Code of medical and sanitary regulations for the guidance of medical officers serving in the Madras Presidency - Volume II
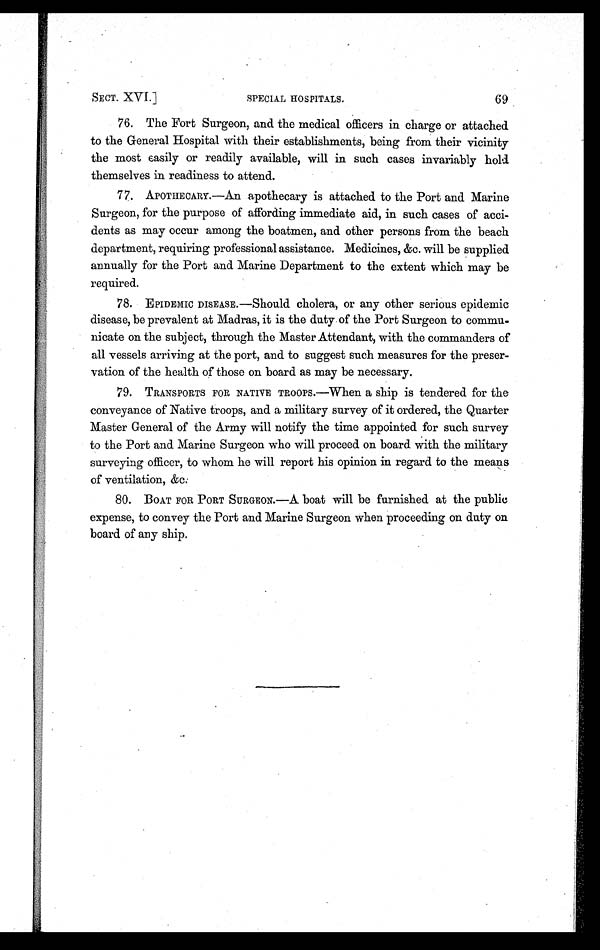
SECT. XVI.]
SPECIAL HOSPITALS.
69
76. The Fort Surgeon, and the medical officers in charge or attached
to the General Hospital with their establishments, being from their vicinity
the most easily or readily available, will in such cases invariably hold
themselves in readiness to attend.
77. APOTHECARY.—An apothecary is attached to the Port and Marine
Surgeon, for the purpose of affording immediate aid, in such cases of acci
- d e n t s a s m a y o c c u r a m o n g t h e b o a t m e n , a n d o t h e r p e r s o n s f r o m t h e b e a c h
department, requiring professional assistance. Medicines, &c. will be supplied
annually for the Port and Marine Department to the extent which may be
required.
78. EPIDEMIC DISEASE.—Should cholera, or any other serious epidemic
disease, be prevalent at Madras, it is the duty of the Port Surgeon to commu
- n i c a t e o n t h e s u b j e c t , t h r o u g h t h e M a s t e r A t t e n d a n t , w i t h t h e c o m m a n d e r s o f
all vessels arriving at the port, and to suggest such measures for the preser-
vation of the health of those on board as may be necessary.
79. TRANSPORTS FOR NATIVE TROOPS.—When a ship is tendered for the
conveyance of Native troops, and a military survey of it ordered, the Quarter
Master General of the Army will notify the time appointed for such survey
to the Port and Marine Surgeon who will proceed on board with the military
surveying officer, to whom he will report his opinion in regard to the means
of ventilation, &c.
80. BOAT FOR PORT SURGEON.—A boat will be furnished at the public
expense, to convey the Port and Marine Surgeon when proceeding on duty on
board of any ship.